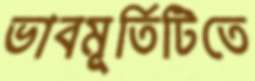
ভাবমূর্তিটিতে